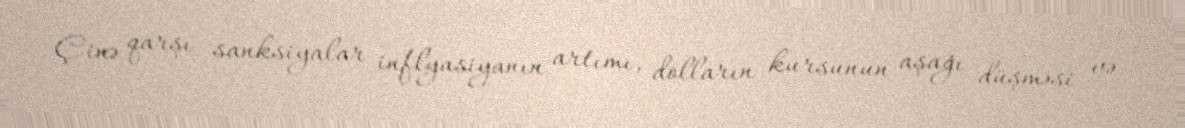
Çinə qarşı sanksiyalar inflyasiyanın artımı, dolların kursunun aşağı düşməsi və